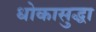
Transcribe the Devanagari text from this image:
धोकासुद्धा